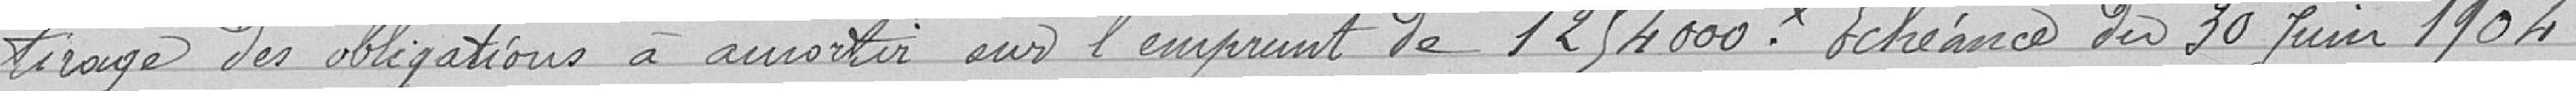
tirage des obligations à amortir sur l'emprunt de 1 254 000 francs. Echéance du 30 Juin 1904.